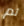
ثم